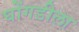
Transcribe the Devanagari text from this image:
घोंगडीला